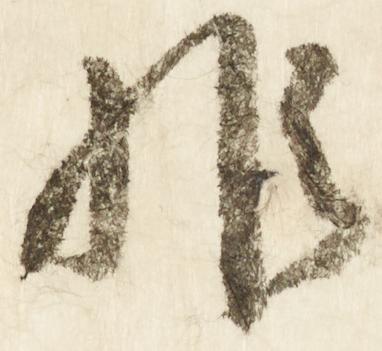
非